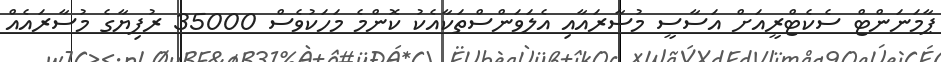
ޕާމަނަންޓް ސެކެޓްރީއަށް އަސާސީ މުސާރައާއި އެލަވަންސްތަކާއެކު ކޮންމެ މަހަކުވެސް 35000 ރުފިޔާގެ މުސާރައެއް